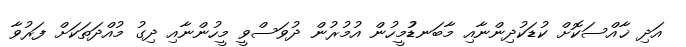
އަދި ޚާއްސަކޮށް ކުޑަކުދިންނާއި މާބަނޑުުމީހުން އުމުރުން ދުވަސްވީ މީހުންނާއި ދިގު މުއްދަތަކަށް ފަރުވާ